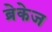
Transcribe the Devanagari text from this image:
ब्रेकेज